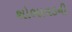
શોભાવડની